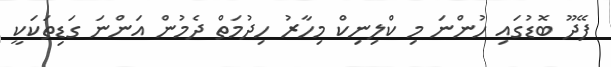
ފޭދޫ ބޮޑުގައި ހުންނަ މި ކްލިނިކް މިހާރު ހިދުމަތް ދެމުން އަންނަ ގަޑިތަކަކީ